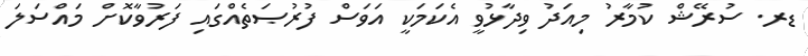
ޑރ. ސުރޭޝް ކުމާރު މިއަދު ވިދާޅުވީ އެކަމަކީ އަވަސް ފުރުޞަތެއްގައި ފަރުވާކޮށް މައްސަލަ